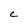
Character: C